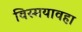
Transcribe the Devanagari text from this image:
विस्मयावहा